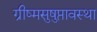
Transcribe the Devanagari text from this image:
ग्रीष्मसुषुप्तावस्था